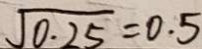
\sqrt { 0 . 2 5 } = 0 . 5